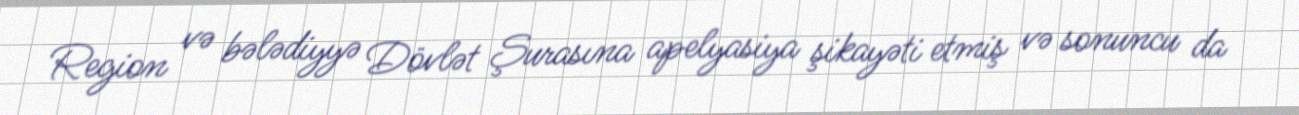
Region və bələdiyyə Dövlət Şurasına apelyasiya şikayəti etmiş və sonuncu da